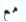
مع